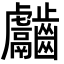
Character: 𪙿